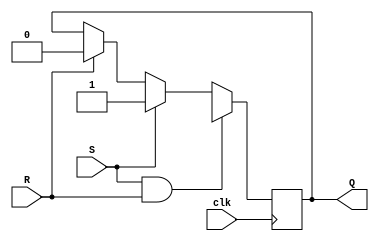
module async_sr_flipflop (
    input wire S,
    input wire R,
    input wire clk,
    output reg Q
);
    
    always @(posedge clk) begin
        if (S && R) 
            Q <= 1'bX; // indeterminate state
        else if (S)
            Q <= 1'b1;
        else if (R)
            Q <= 1'b0;
    end
    
endmodule